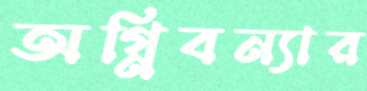
অগ্নিবন্যার